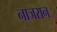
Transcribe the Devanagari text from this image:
नाजरान